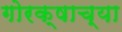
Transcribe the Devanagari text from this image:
गोरक्षाच्या